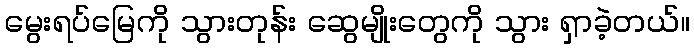
မွေးရပ်မြေကို သွားတုန်း ဆွေမျိုးတွေကို သွား ရှာခဲ့တယ်။